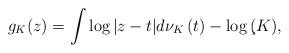
LaTeX: \begin{align*} g_K(z)=\int \log |z-t| d\nu_K\left(t\right)-\log\c(K),\end{align*}